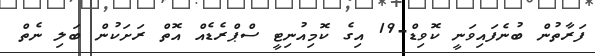
ފަރާތުން ބުނެފައިވަނީ ކޮވިޑް-19 އިގެ ކޮމިއުނިޓީ ސްޕްރެޑެއް އޮތް ރަށަކުން ބަލި ނެތް